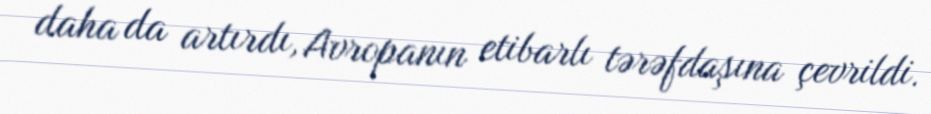
daha da artırdı, Avropanın etibarlı tərəfdaşına çevrildi.